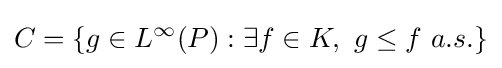
C=\{g\in L^{\infty }(P):\exists f\in K,~g\leq f~a.s.\}